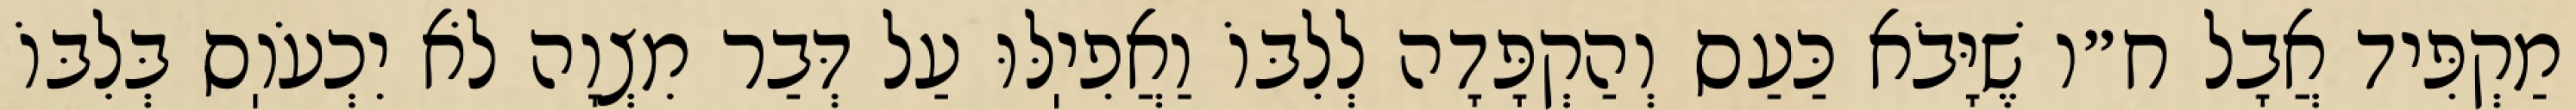
מַקְפִּיד אֲבָל ח״ו שֶׁיָּבֹא כַּעַס וְהַקְפָּדָה לְלִבּוֹ וַאֲפִיֽלּוּ עַל דְּבַר מִצְוָה לֹא יִכְעֹוֽס בְּלִבּוֹ